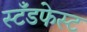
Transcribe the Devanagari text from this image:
स्टँडफेस्ट